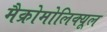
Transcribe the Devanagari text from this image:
मैक्रोमोलिक्यूल